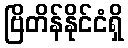
ဗြိတိန်နိုင်ငံရှိ